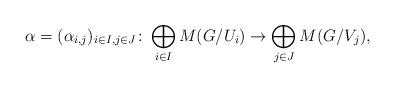
LaTeX: \begin{align*} \alpha = (\alpha_{i,j})_{i\in I, j \in J} \colon \bigoplus_{i \in I} M(G/U_i) \to \bigoplus_{j \in J} M(G/V_j), \end{align*}